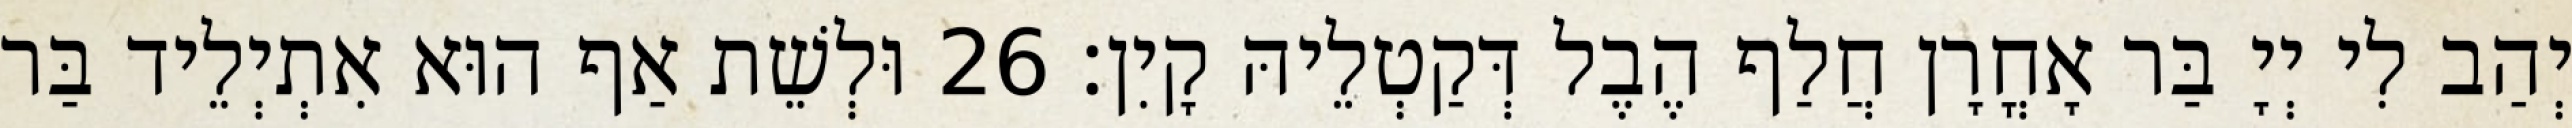
יְהַב לִי יְיָ בַּר אָחֳרָן חֲלַף הֶבֶל דְּקַטְלֵיהּ קָיִן׃ 26 וּלְשֵׁת אַף הוּא אִתְיְלֵיד בַּר